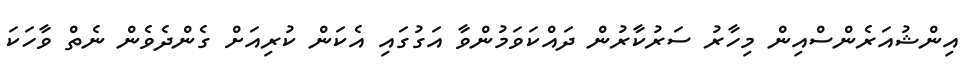
އިންޝުއަރެންސްއިން މިހާރު ސަރުކާރުން ދައްކަވަމުންވާ އަގުގައި އެކަން ކުރިއަށް ގެންދެވެން ނެތް ވާހަކަ